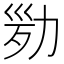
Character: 𠡢